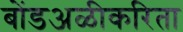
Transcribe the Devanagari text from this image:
बोंडअळीकरिता